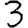
Digit: 3